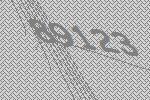
89123